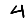
Digit: 4